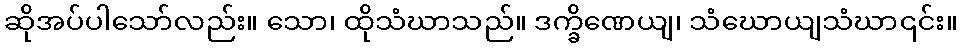
ဆိုအပ်ပါသော်လည်း။ သော၊ ထိုသံဃာသည်။ ဒက္ခိဏေယျ၊ သံဃောယျသံဃာ၎င်း။